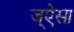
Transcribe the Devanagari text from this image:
ज्ऐसा